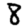
Digit: 8